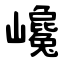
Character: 巉